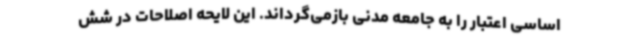
اساسی اعتبار را به جامعه مدنی بازمی‌گرداند. این لایحه اصلاحات در شش